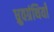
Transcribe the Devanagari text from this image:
ध्रुवग्रंथियाँ